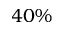
4 0 \%